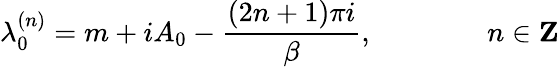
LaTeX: \lambda_{0}^{(n)}=m+iA_{0}-\frac{(2n+1)\pi i}{\beta},\qquad\qquad n\in{\mathbf Z}